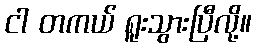
ငါ တကယ် ရူးသွားပြီလို့။